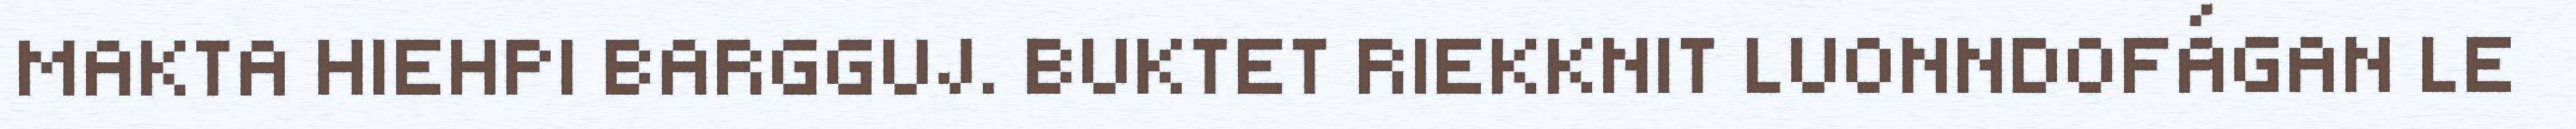
MAKTA HIEHPI BARGGUJ. BUKTET RIEKKNIT LUONNDOFÁGAN LE